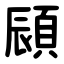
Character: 䫃